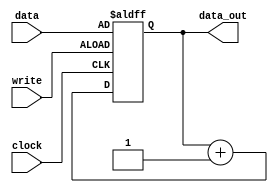
module counter(
	input wire clock,
	input wire write,
	input wire[3:0] data,
	output reg[3:0] data_out
);

initial
	data_out = 0;

always @(posedge clock or posedge write)
	if (write)
		data_out <= data;
	else
		data_out <= data_out + 1;

endmodule